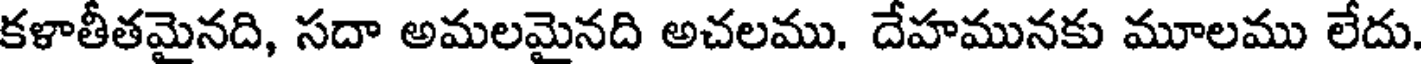
కళాతీతమైనది, సదా అమలమైనది అచలము. దేహమునకు మూలము లేదు